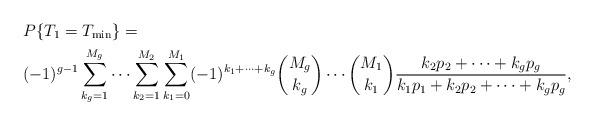
LaTeX: \begin{align*}& P\{T_1 = T_{\min}\}=\\& (-1)^{g-1} \sum_{k_g=1}^{M_g} \cdots \sum_{k_2=1}^{M_2} \sum_{k_1=0}^{M_1} (-1)^{k_1 + \cdots + k_g}\binom{M_g}{k_g} \cdots \binom{M_1}{k_1} \frac{k_2 p_2 + \cdots + k_g p_g}{k_1 p_1 + k_2 p_2 + \cdots + k_g p_g},\end{align*}